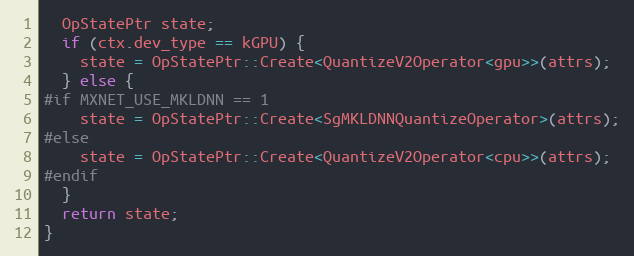
Language: C++
  OpStatePtr state;
  if (ctx.dev_type == kGPU) {
    state = OpStatePtr::Create<QuantizeV2Operator<gpu>>(attrs);
  } else {
#if MXNET_USE_MKLDNN == 1
    state = OpStatePtr::Create<SgMKLDNNQuantizeOperator>(attrs);
#else
    state = OpStatePtr::Create<QuantizeV2Operator<cpu>>(attrs);
#endif
  }
  return state;
}